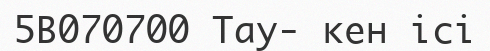
5В070700 Тау- кен ісі